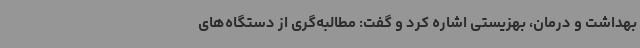
بهداشت و درمان، بهزیستی اشاره کرد و گفت: مطالبه‌گری از دستگاه‌های